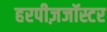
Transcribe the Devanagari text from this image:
हरपीज़जॉस्टर